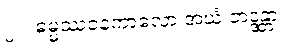
၂။  ဓမ္မဿဝနကာလော အယံ ဘဒ္ဒန္တာ။